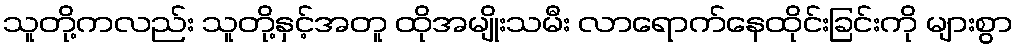
သူတို့ကလည်း သူတို့နှင့်အတူ ထိုအမျိုးသမီး လာရောက်နေထိုင်းခြင်းကို များစွာ